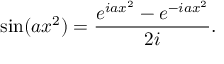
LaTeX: \sin ( a x ^ { 2 } ) = { \frac { e ^ { i a x ^ { 2 } } - e ^ { - i a x ^ { 2 } } } { 2 i } } .